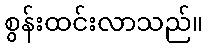
စွန်းထင်းလာသည်။